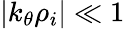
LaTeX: |k_{\theta}\rho_{i}|\ll 1